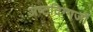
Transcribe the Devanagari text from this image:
अष्टदिग्गजों